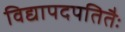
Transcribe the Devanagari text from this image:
विद्यापदपतितैः